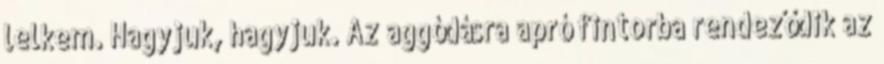
lelkem. Hagyjuk, hagyjuk. Az aggódásra apró fintorba rendeződik az